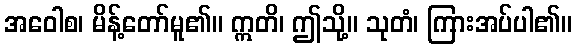
အဝေါစ၊ မိန့်တော်မူ၏။ ဣတိ၊ ဤသို့။ သုတံ၊ ကြားအပ်ပါ၏။